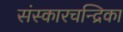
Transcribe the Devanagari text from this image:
संस्कारचन्द्रिका